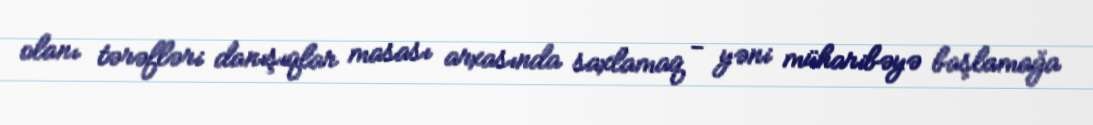
olanı tərəfləri danışıqlar masası arxasında saxlamaq - yəni müharibəyə başlamağa